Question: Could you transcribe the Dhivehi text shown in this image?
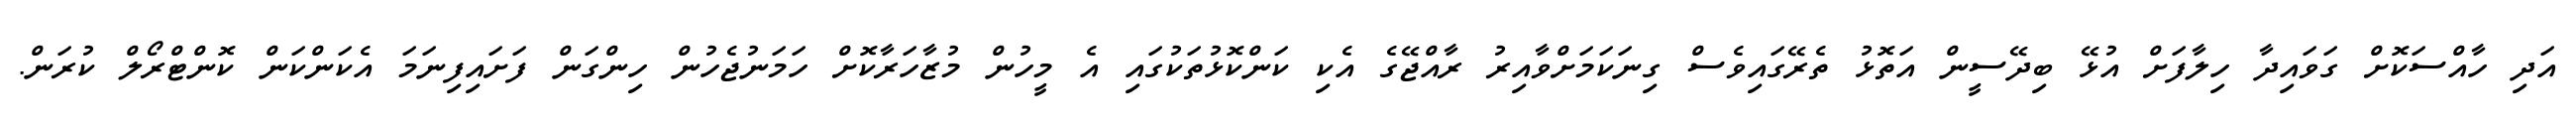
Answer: އަދި ހާއްސަކޮށް ގަވައިދާ ހިލާފަށް އުޅޭ ބިދޭސީން އަތޮޅު ތެރޭގައިވެސް ގިނަކަމަށްވާއިރު ރާއްޖޭގެ އެކި ކަންކޮޅުތަކުގައި އެ މީހުން މުޒާހަރާކޮށް ހަމަނުޖެހުން ހިންގަން ފަށައިފިނަމަ އެކަންކަން ކޮންޓްރޯލް ކުރަން.